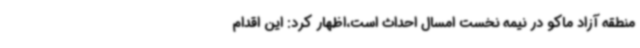
منطقه آزاد ماکو در نیمه نخست امسال احداث است،اظهار کرد: این اقدام